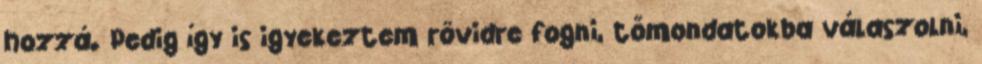
hozzá. Pedig így is igyekeztem rövidre fogni, tőmondatokba válaszolni,